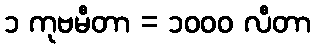
၁ ကုဗမီတာ = ၁၀၀၀ လီတာ